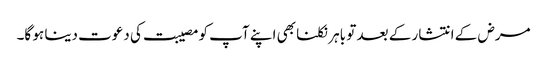
مرض کے انتشار کے بعد تو باہر نکلنا بھی اپنے آپ کو مصیبت کی دعوت دینا ہو گا۔